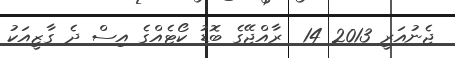
ޖެނުއަރީ 2013 14  ރާއްޖޭގެ ބޮޑު ކޯޓެއްގެ އިސް ދެ ގާޒީއަކު